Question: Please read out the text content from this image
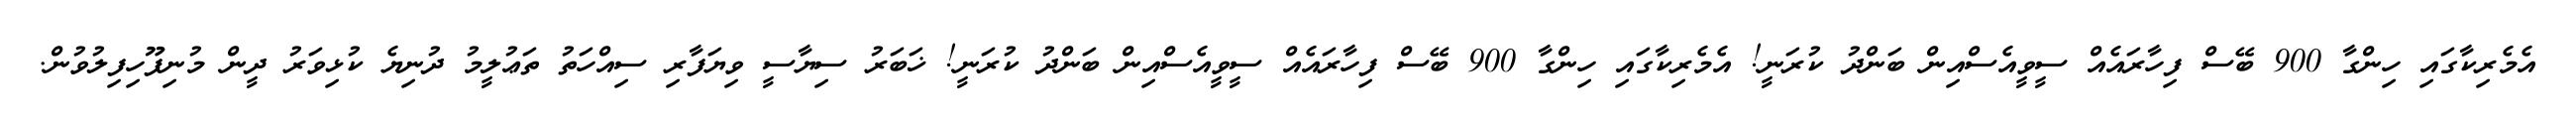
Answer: އެމެރިކާގައި ހިންގާ 900 ބޭސް ފިހާރައެއް ސީވީއެސްއިން ބަންދު ކުރަނީ! އެމެރިކާގައި ހިންގާ 900 ބޭސް ފިހާރައެއް ސީވީއެސްއިން ބަންދު ކުރަނީ! ޚަބަރު ސިޔާސީ ވިޔަފާރި ސިއްހަތު ތަޢުލީމު ދުނިޔެ ކުޅިވަރު ދީން މުނިފޫހިފިލުވުން.